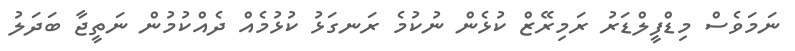
ނަމަވެސް މިޑްފީލްޑަރު ރަމިރޭޒް ކުޅެން ނުކުމެ ރަނގަޅު ކުޅުމެއް ދެއްކުމުން ނަތީޖާ ބަދަލު